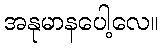
အနုမာနပေါ့လေ။